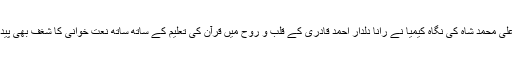
پیر سید علی محمد شاہ کی نگاہ کیمیا نے رانا دلدار احمد قادری کے قلب و روح میں قرآن کی تعلیم کے ساتھ ساتھ نعت خوانی کا شغف بھی پیدا کر دیا ۔